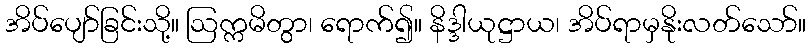
အိပ်ပျော်ခြင်းသို့။ ဩက္ကမိတွာ၊ ရောက်၍။ နိဒ္ဒါယုဋ္ဌာယ၊ အိပ်ရာမှနိုးလတ်သော်။